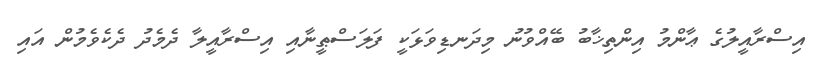
އިސްރާއީލުގެ ޢާންމު އިންތިޚާބު ބޭއްވުނު މިދަނޑިވަޅަކީ ފަލަސްޠީނާއި އިސްރާއީލާ ދެމެދު ދެކެވެމުން އައި